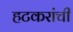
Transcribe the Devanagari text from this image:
हटकरांची